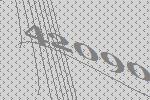
42090